Code of medical and sanitary regulations for the guidance of medical officers serving in the Madras Presidency - Volume I
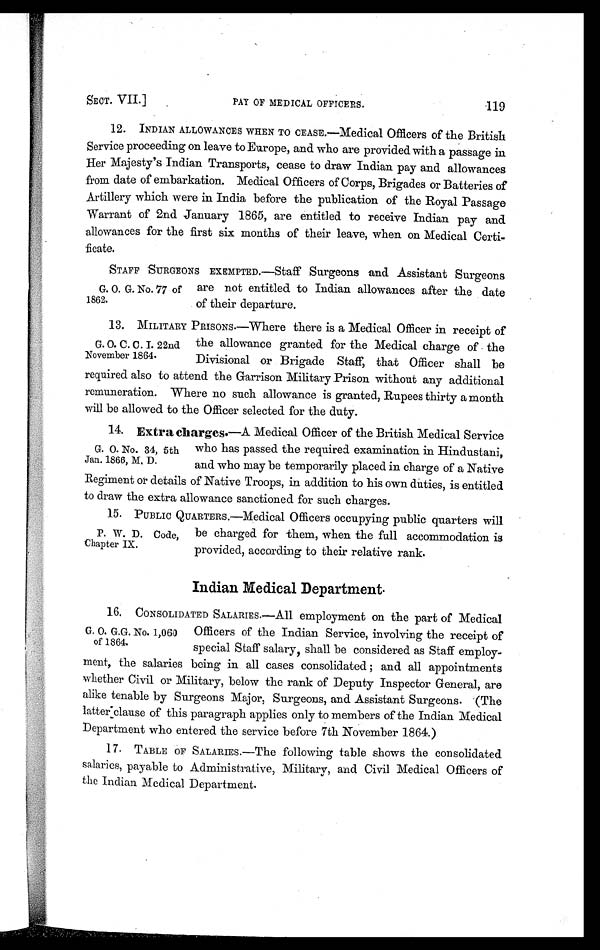
SECT. VII.]
PAY OF MEDICAL OFFICERS.
119
12. INDIAN ALLOWANCES WHEN TO CEASE.—Medical Officers of the British
Service proceeding on leave to Europe, and who are provided with a passage in
Her Majesty's Indian Transports, cease to draw Indian pay and allowances
from date of embarkation. Medical Officers of Corps, Brigades or Batteries of
Artillery which were in India before the publication of the Royal Passage
Warrant of 2nd January 1865, are entitled to receive Indian pay and
allowances for the first six months of their leave, when on Medical Certi
-ficate.
STAFF SURGEONS EXEMPTED.—Staff Surgeons and Assistant Surgeons
G. O. G. No. 77 of are not entitled to Indian allowances after the date
1862.
of their departure.
13. MILITARY PRISONS.—Where there is a Medical Officer in receipt of
G. O. C. C. I. 22nd the allowance granted for the Medical charge of the
November 1864. Divisional or Brigade Staff, that Officer shall be
required also to attend the Garrison Military Prison without any additional
remuneration. Where no such allowance is granted, Rupees thirty a month
will be allowed to the Officer selected for the duty.
14.
Extra charges. —A Medical Officer of the British Medical Service
G. O. No. 34, 5th who has passed the required examination in Hindustani,
Jan. 1866, M. D. and who may be temporarily placed in charge of a Native
Regiment or details of Native Troops, in addition to his own duties, is entitled
to draw the extra allowance sanctioned for such charges.
15. PUBLIC QUARTERS.—Medical Officers occupying public quarters will
P. W. D. Code, be charged for them, when the full accommodation is
Chapter IX.
provided, according to their relative rank.
Indian Medical Department.
1 6 . C O N S O L I D A T E D S A L A R I E S . — A l l e m p l o y m e n t o n t h e p a r t o f M e d i c a l
G. O. G.G. No. 1,060 Officers of the Indian Service, involving the receipt of
of 1864. special Staff salary, shall be considered as Staff employ
- ment , t he sal ar i es bei ng i n al l cases consol i dat ed ; and al l appoi nt ment s
whether Civil or Military, below the rank of Deputy Inspector General, are
alike tenable by Surgeons Major, Surgeons, and Assistant Surgeons. (The
latter clause of this paragraph applies only to members of the Indian Medical
Department who entered the service before 7th November 1864.)
1 7 . T A B L E O F S A L A R I E S . — T h e f o l l o w i n g t a b l e s h o w s t h e c o n s o l i d a t e d
salaries, payable to Administrative, Military, and Civil Medical Officers of
the Indian Medical Department.